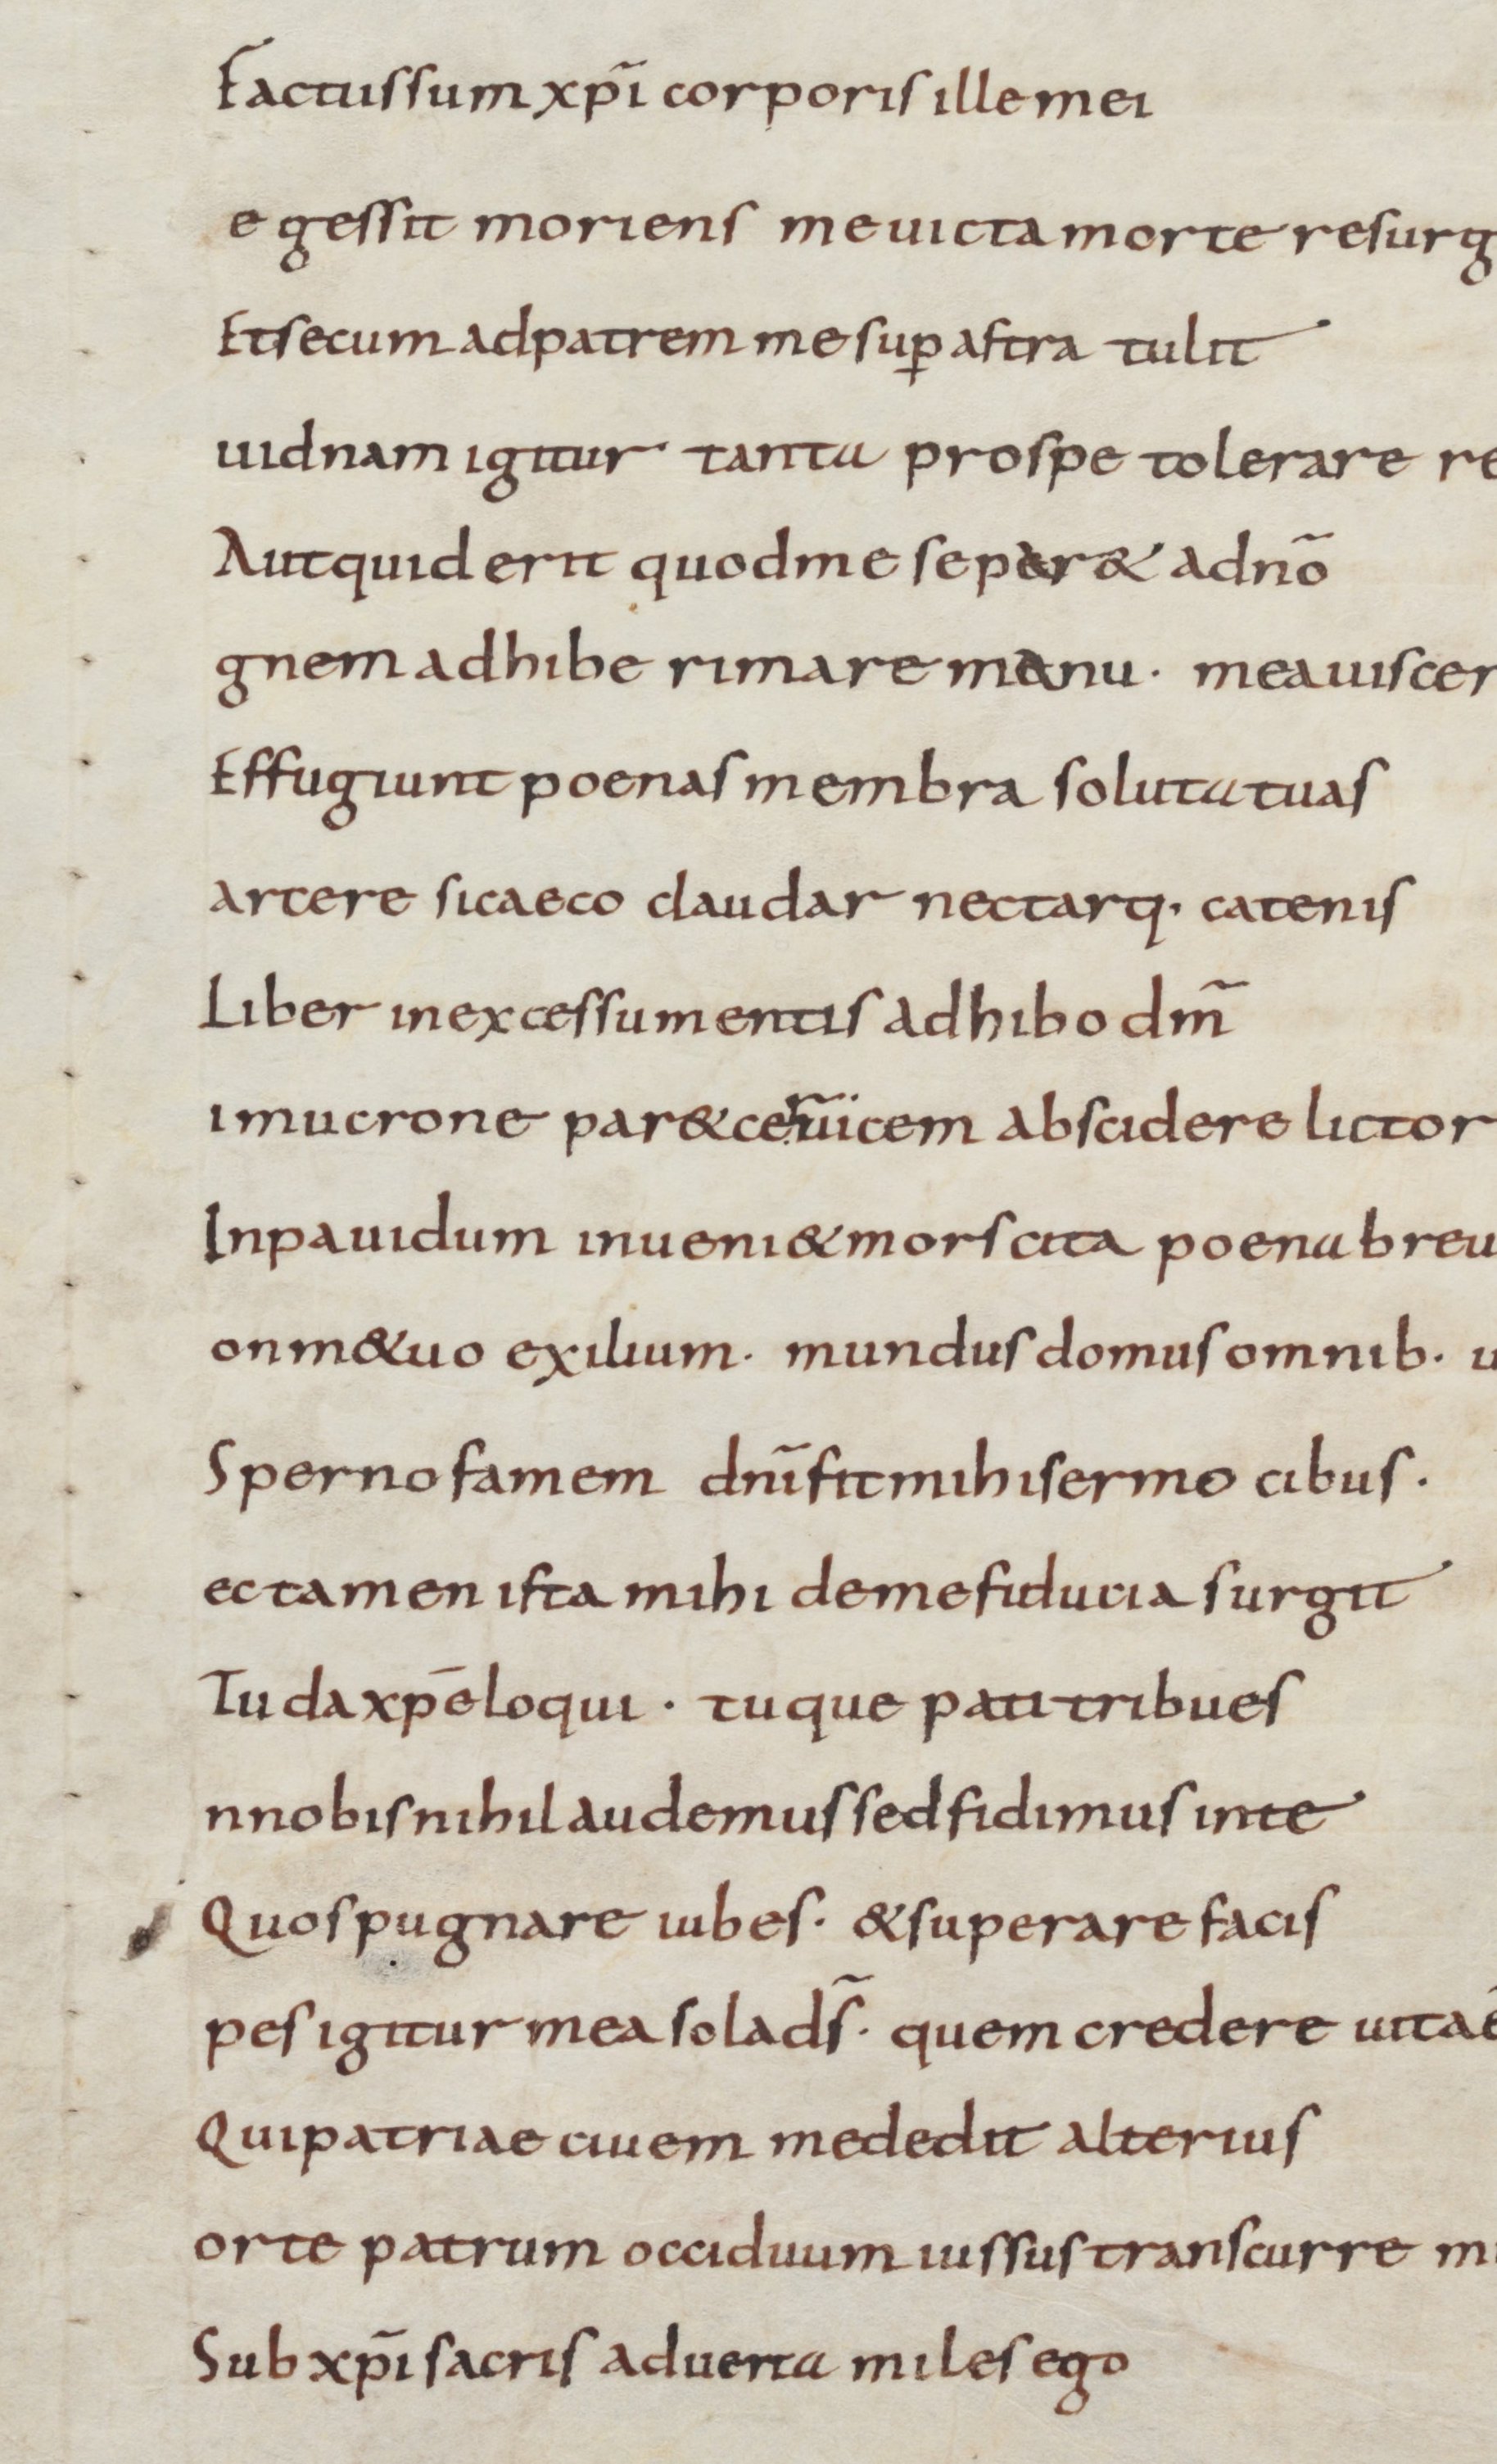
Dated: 900–999